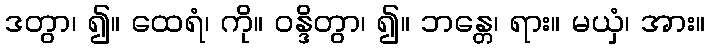
ဒတွာ၊ ၍။ ထေရံ၊ ကို။ ဝန္ဒိတွာ၊ ၍။ ဘန္တေ၊ ရား။ မယှံ၊ အား။